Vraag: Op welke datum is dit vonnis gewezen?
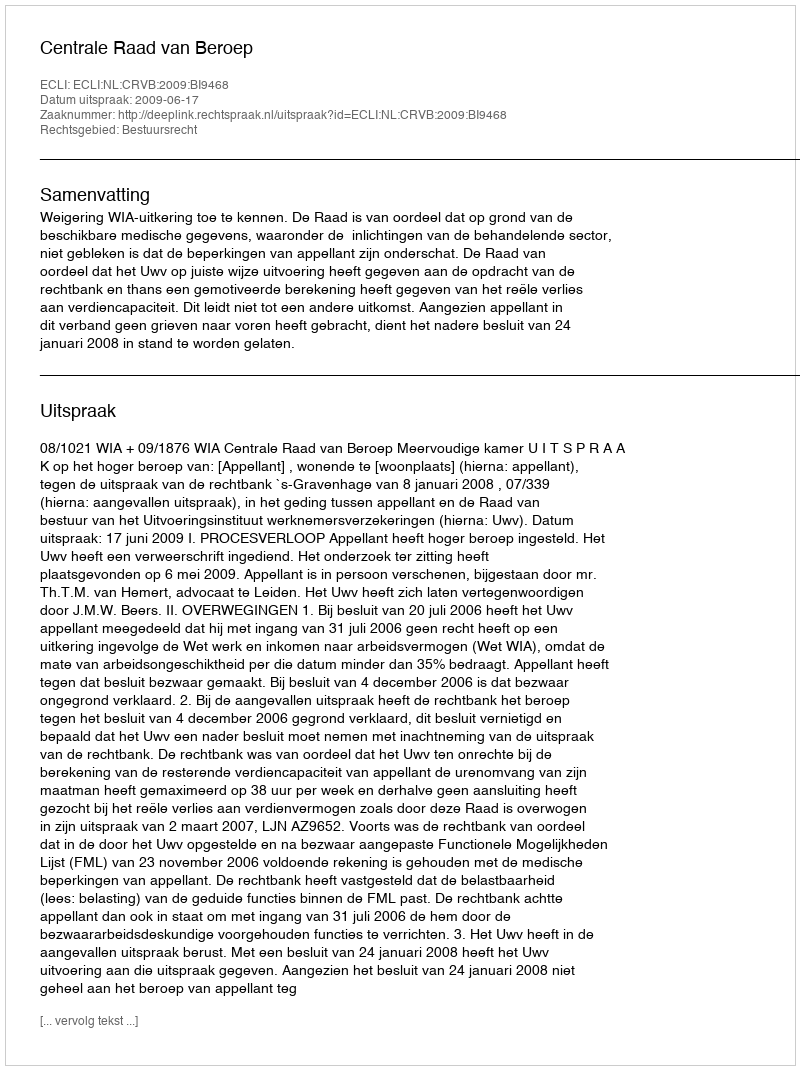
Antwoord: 2009-06-17